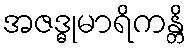
အဇဒ္ဓုမာရိကန္တိ